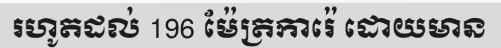
រហូតដល់ 196 ម៉ែត្រការ៉េ ដោយមាន